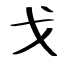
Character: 戈